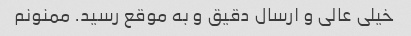
خیلی عالی و ارسال دقیق و به موقع رسید. ممنونم